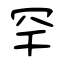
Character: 罕